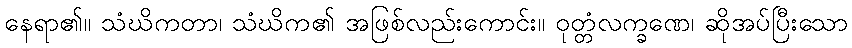
နေရာ၏။ သံဃိကတာ၊ သံဃိက၏ အဖြစ်လည်းကောင်း။ ဝုတ္တံလက္ခဏေ၊ ဆိုအပ်ပြီးသော